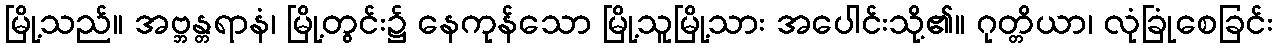
မြို့သည်။ အဗ္ဘန္တရာနံ၊ မြို့တွင်း၌ နေကုန်သော မြို့သူမြို့သား အပေါင်းသို့၏။ ဂုတ္တိယာ၊ လုံခြုံစေခြင်း